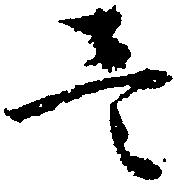
壱